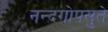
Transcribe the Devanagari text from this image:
नन्दगोपसुते